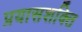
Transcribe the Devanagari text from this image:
प्रयासशक्ति